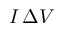
I \, \Delta V